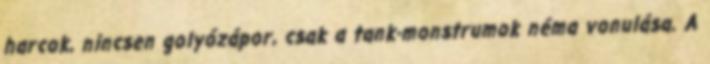
harcok, nincsen golyózápor, csak a tank-monstrumok néma vonulása. A